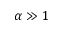
\alpha \gg 1